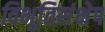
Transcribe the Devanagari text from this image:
विभूतिसंक्षेप